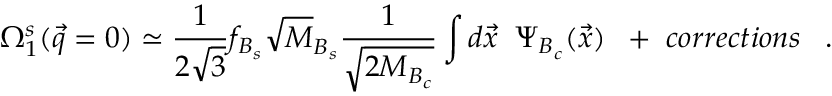
\Omega _ { 1 } ^ { s } ( \vec { q } = 0 ) \simeq { \frac { 1 } { 2 \sqrt 3 } } f _ { B _ { s } } \sqrt M _ { B _ { s } } { \frac { 1 } { \sqrt { 2 M _ { B _ { c } } } } } \int d \vec { x } \; \; \Psi _ { B _ { c } } ( \vec { x } ) \; \; + \; c o r r e c t i o n s \; \; \; .